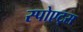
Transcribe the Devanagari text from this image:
स्पोएट्स